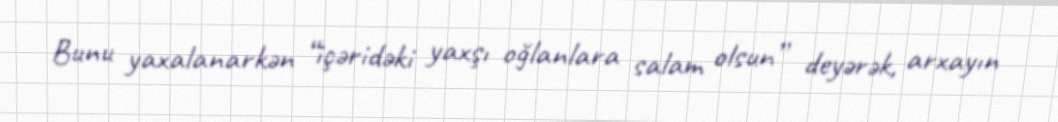
Bunu yaxalanarkən “içəridəki yaxşı oğlanlara salam olsun” deyərək, arxayın